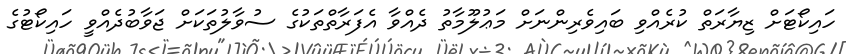
ހައިކޯޓަށް ޒިޔާރަތް ކުރެއްވި ބައިވެރިންނަށް މަޢުލޫމާތު ދެއްވާ އެފަރާތްތަކުގެ ސުވާލުތަކަށް ޖަވާބުދެއްވީ ހައިކޯޓުގެ